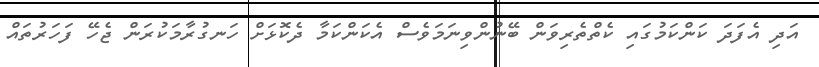
އަދި އެފަދަ ކަންކަމުގައި ކެތްތެރިވަން ބޭނުންވިނަމަވެސް އެކަންކަމާ ދެކޮޅަށް ހަނގުރާމަކުރަން ޖެހޭ ފަހަރުތައް